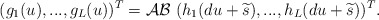
\begin{align*}( g_1(u), ... , g_L(u) )^T = \mathcal{AB} \ ( h_1(du+\widetilde{s}), ... , h_L(du+\widetilde{s}) )^T. \end{align*}